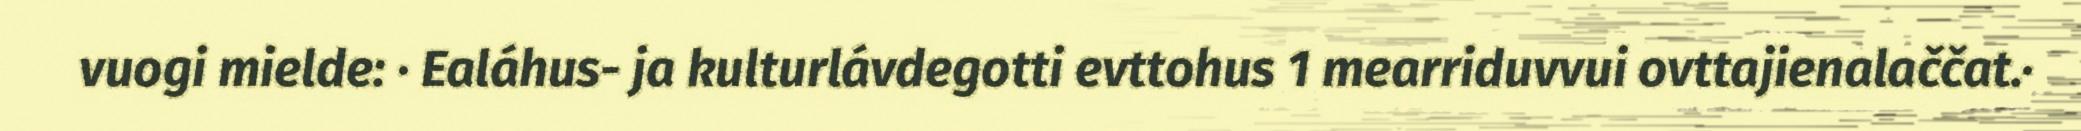
vuogi mielde: · Ealáhus- ja kulturlávdegotti evttohus 1 mearriduvvui ovttajienalaččat.·